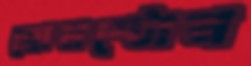
হোমস্টোন